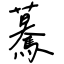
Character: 驀